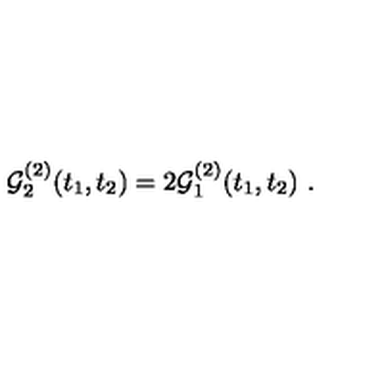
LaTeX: { \cal G } _ { 2 } ^ { ( 2 ) } ( t _ { 1 } , t _ { 2 } ) = 2 { \cal G } _ { 1 } ^ { ( 2 ) } ( t _ { 1 } , t _ { 2 } ) \ .